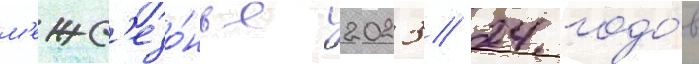
м'ежс'езо́нье 2023/ 24 годо́в